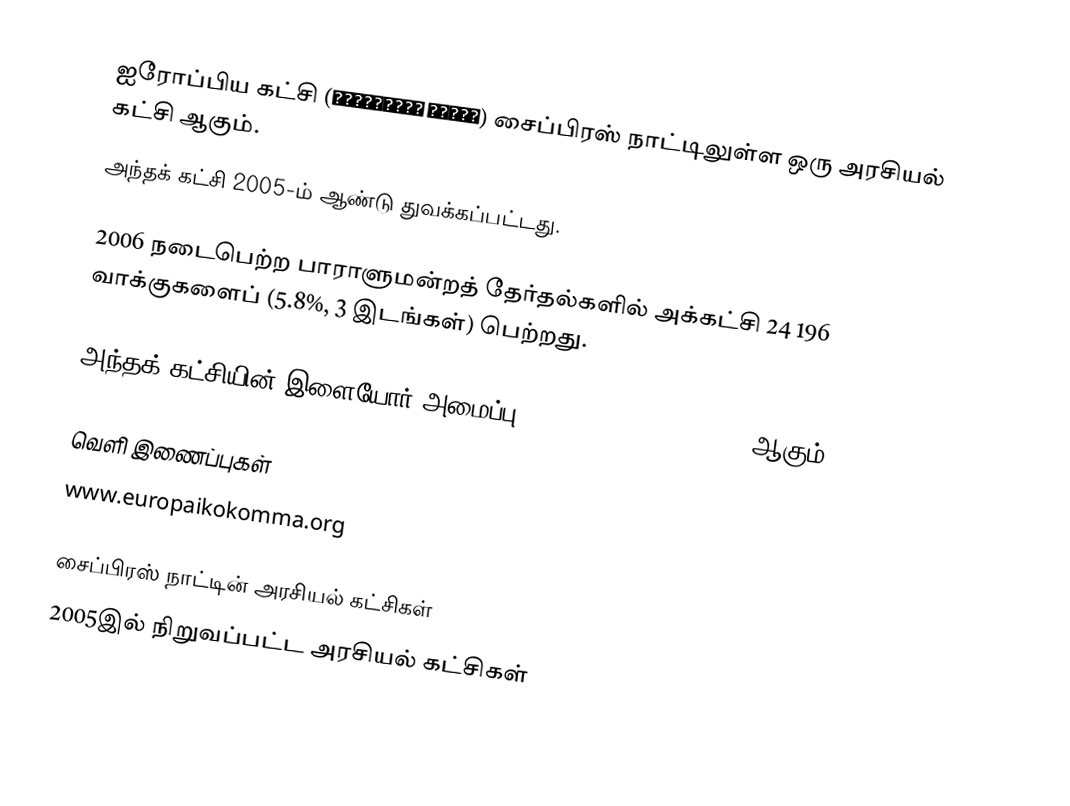
ஐரோப்பிய கட்சி (Ευρωπαϊκό Κόμμα) சைப்பிரஸ் நாட்டிலுள்ள ஒரு அரசியல் கட்சி ஆகும்.
அந்தக் கட்சி 2005-ம் ஆண்டு துவக்கப்பட்டது.

2006 நடைபெற்ற பாராளுமன்றத் தேர்தல்களில் அக்கட்சி 24 196 வாக்குகளைப் (5.8%, 3 இடங்கள்) பெற்றது.

அந்தக் கட்சியின் இளையோர் அமைப்பு Νεολαία Ευρωπαϊκό Κόμμα ஆகும்.

வெளி இணைப்புகள்
www.europaikokomma.org

சைப்பிரஸ் நாட்டின் அரசியல் கட்சிகள்
2005இல் நிறுவப்பட்ட அரசியல் கட்சிகள்